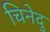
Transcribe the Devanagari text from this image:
चिनेदु